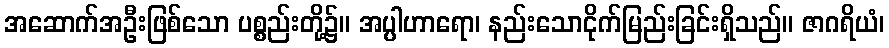
အဆောက်အဦးဖြစ်သော ပစ္စည်းတို့၌။ အပ္ပါဟာရော၊ နည်းသောငိုက်မြည်းခြင်းရှိသည်။ ဇာဂရိယံ၊